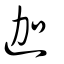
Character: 迦